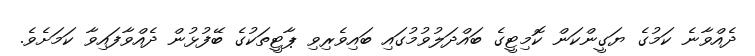
ދެއްވާނެ ކަމުގެ ޔަގީންކަން ކޮމިޓީގެ ބައްދަލުވުމުގައި ބައިވެރިވި ޕާޓީތަކުގެ ބޭފުޅުން ދެއްވާފައިވާ ކަމަށެވެ.